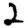
Digit: 2